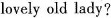
lovely old lady?